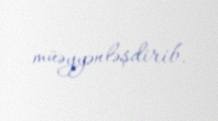
müəyyənləşdirib.